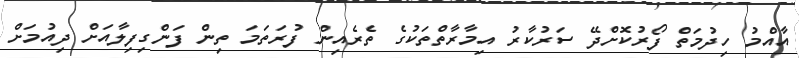
އާއްމު ހިދުމަތް ފޯރުކޮށްދޭ ސަރުކާރު އިމާރާތްތަކުގެ ތެރެއިން ފުރަތަމަ ތިން ފަންގިފިލާއަށް ދިއުމަށް